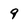
Character: 9